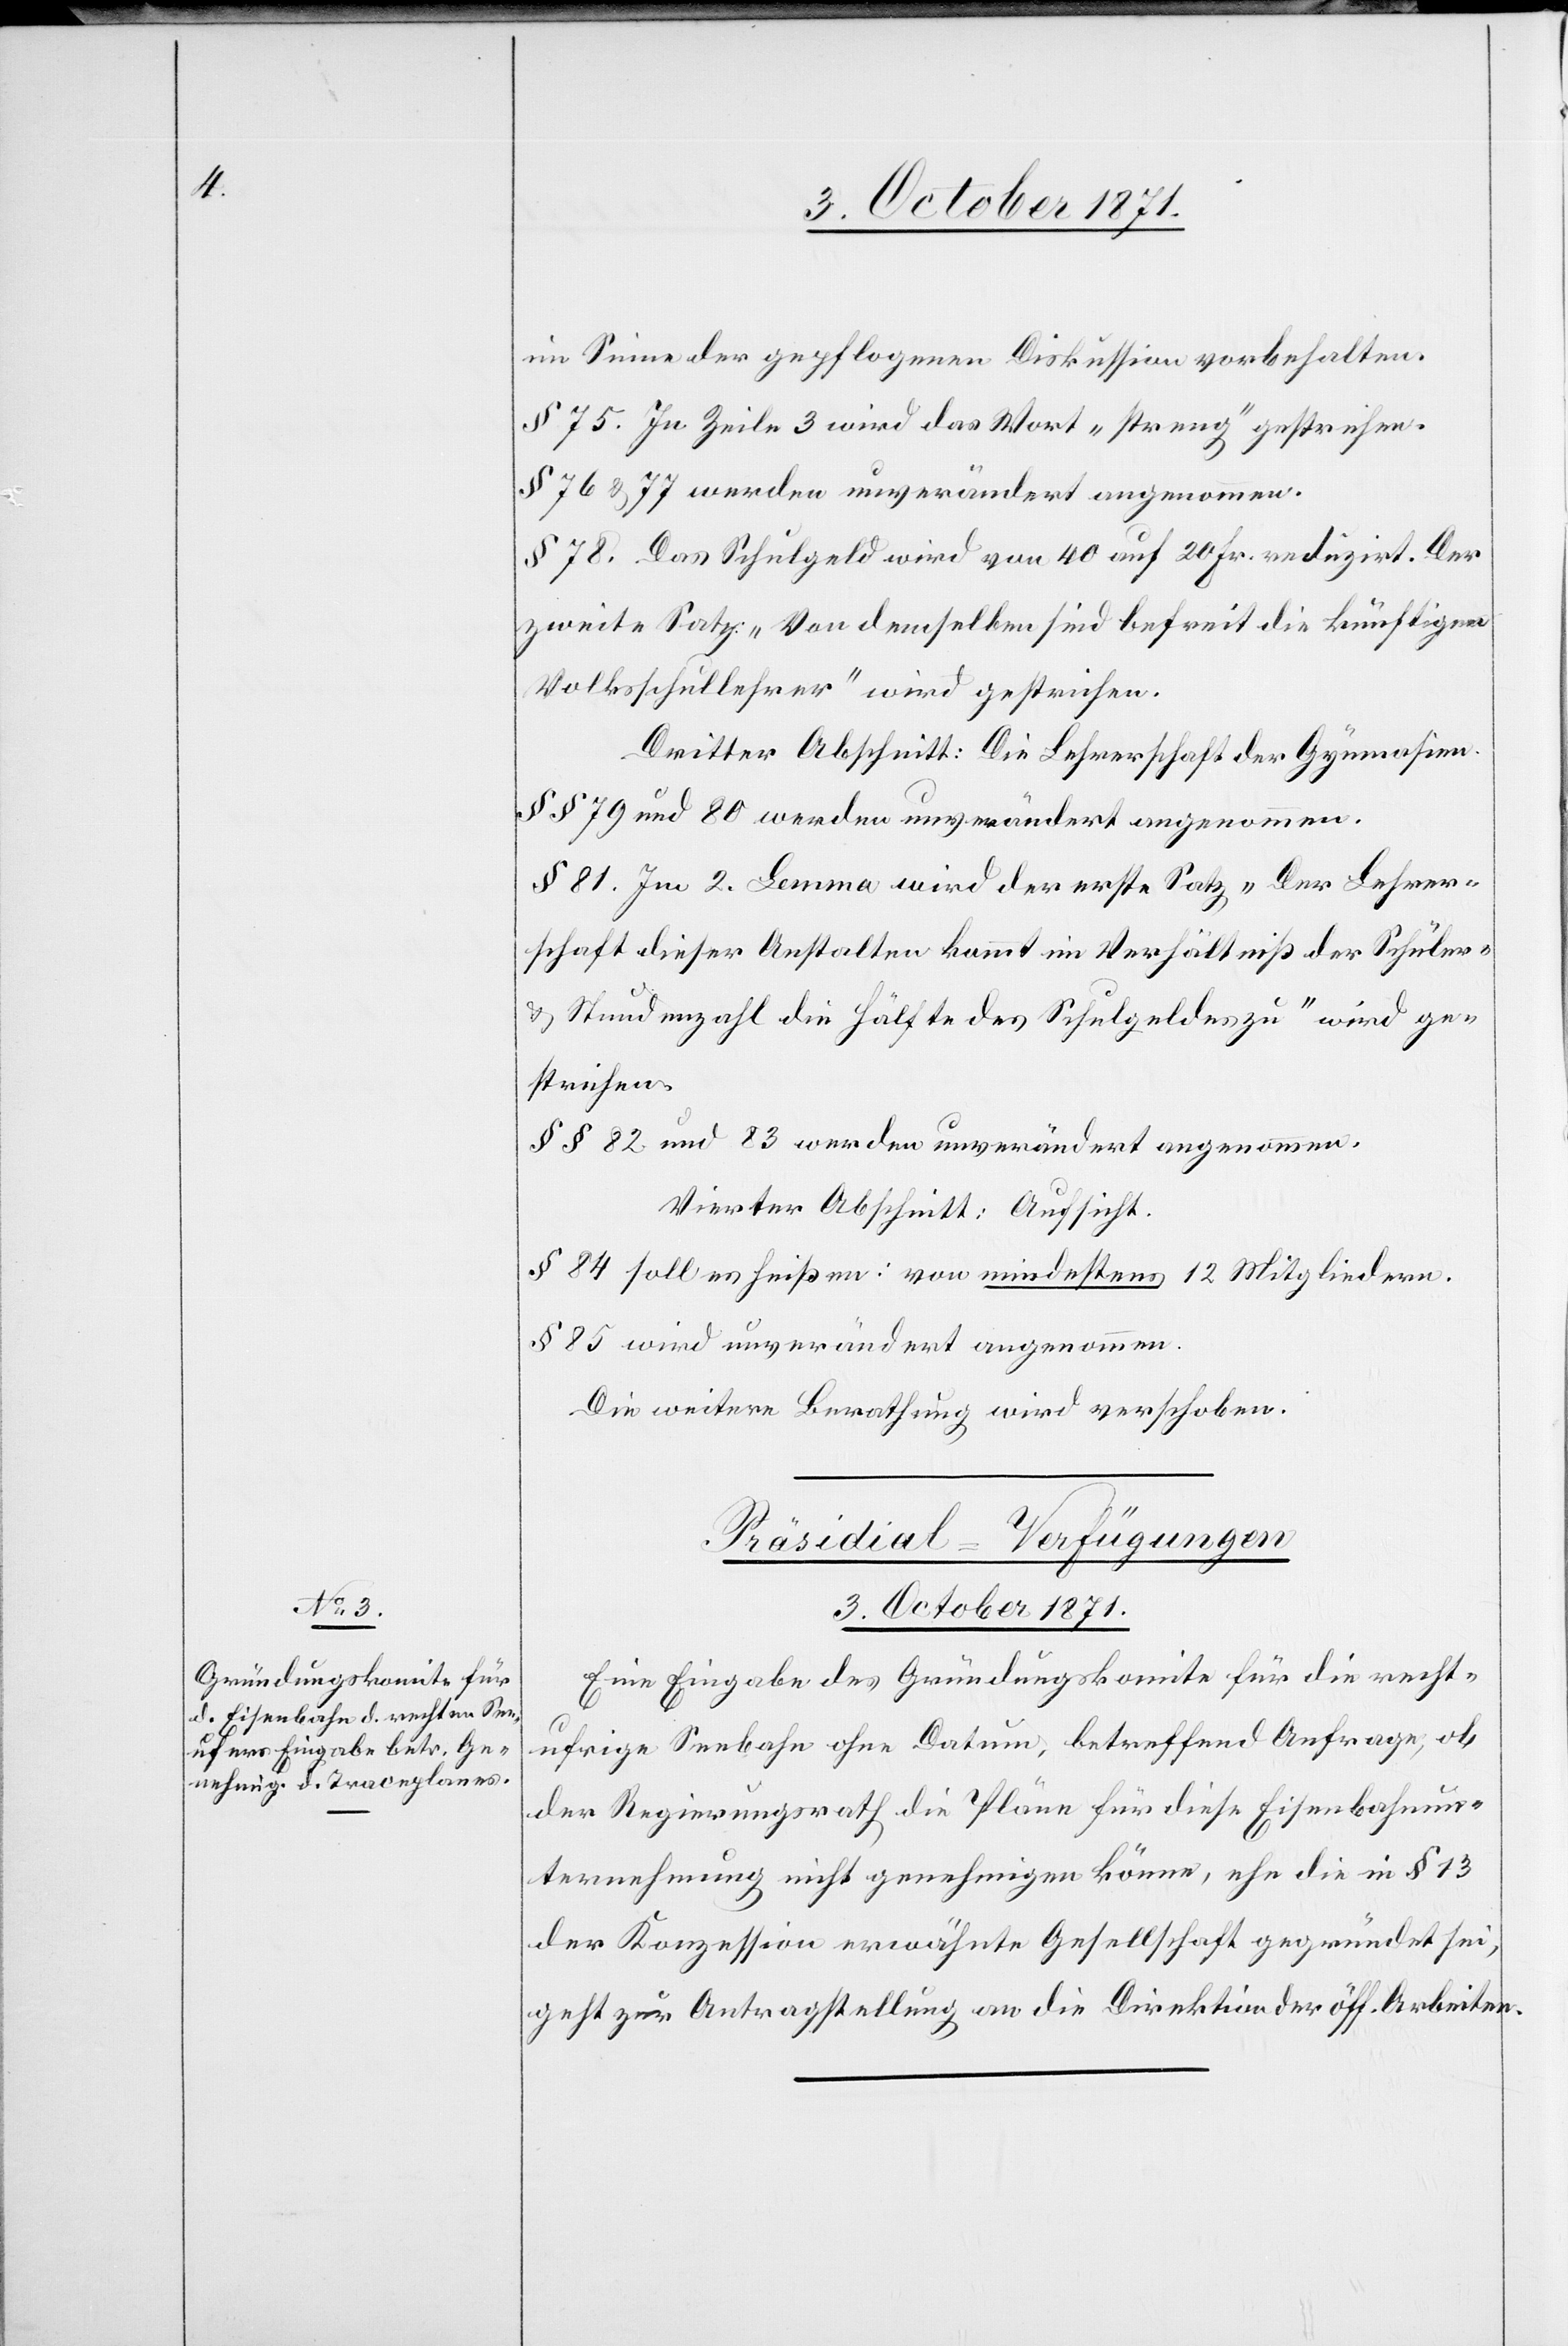
im Sinne der gepflogenen Diskussion vorbehalten.
§ 75. In Zeile 3 wird das Wort „streng“ gestrichen.
§ 76 & 77 werden unverändert angenommen.
§ 78. Das Schulgeld wird von 40 auf 20 Fr. redigirt. Der
zweite Satz: „Von demselben sind befreit die künftigen
Volksschullehrer“ wird gestrichen.
Dritter Abschnitt: Die Lehrerschaft der Gymnasien
§§ 79 und 80 werden unverändert angenommen.
§ 81. Im 2. Lemma wird der erste Satz „Der Lehrer¬
schaft dieser Anstalten kommt im Verhältniß der Schüler-
& Stundenzahl die Hälfte des Schulgeldes zu“ wird ge¬
strichen.
§§ 82 und 83 werden unverändert angenommen.
Vierter Abschnitt: Aufsicht.
§ 84 soll es heißen: von mindestens 12 Mitgliedern.
§ 85 wird unverändert angenommen.
Die weitere Berathung wird verschoben.
Präsidial-Verfügungen
3. October 1871.
Eine Eingabe des Gründungskomite für die recht¬
ufrige Seebahn ohne Datum, betreffend Anfrage, ob
der Regierungsrath die Pläne für diese Eisenbahnun¬
ternehmung nicht genehmigen könne, ehe die in § 13
der Konzession erwähnte Gesellschaft gegründet sei,
geht zur Antragstellung an die Direktion der öff. Arbeiten.